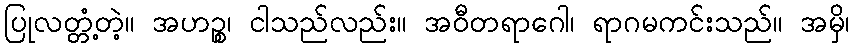
ပြုလတ္တံ့တဲ့။ အဟဉ္စ၊ ငါသည်လည်း။ အဝီတရာဂေါ၊ ရာဂမကင်းသည်။ အမှိ၊